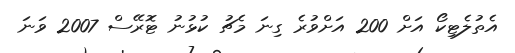
އެތުލެޓިކޯ އަށް 200 އަށްވުރެ ގިނަ މެޗު ކުޅުނު ޓޮރޭސް 2007 ވަނަ